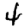
Digit: 4